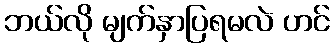
ဘယ်လို မျက်နှာပြရမလဲ ဟင်